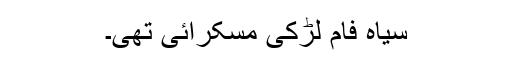
سیاہ فام لڑکی مسکرائی تھی۔